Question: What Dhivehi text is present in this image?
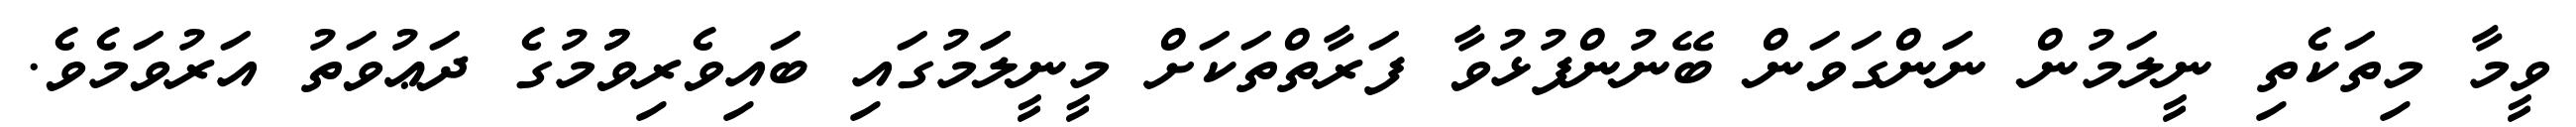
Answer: ވީމާ މިތަކެތި ނީލަމުން ނަންގަވަން ބޭނުންފުޅުވާ ފަރާތްތަކަށް މީނީލަަމުގައި ބައިވެރިވުުމުގެ ދަޢުވަތު އަރުވަމެވެ.